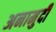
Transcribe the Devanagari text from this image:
अनामुदी